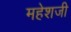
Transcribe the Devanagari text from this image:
महेशजी